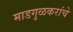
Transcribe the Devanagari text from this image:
माडगुळकरांचे